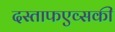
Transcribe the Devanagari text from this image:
दस्ताफएव्सकी